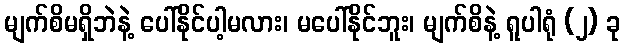
မျက်စိမရှိဘဲနဲ့ ပေါ်နိုင်ပါ့မလား၊ မပေါ်နိုင်ဘူး၊ မျက်စိနဲ့ ရူပါရုံ (၂) ခု